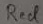
Text: Red